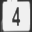
Digit: 4